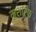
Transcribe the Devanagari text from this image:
मुशरिफ